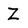
Character: Z